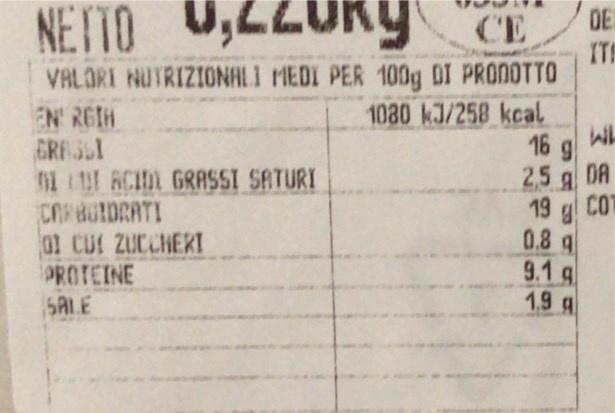
NETTO
DE ITE VALORI NUTRIZIONALI MEDI PER 100g DI PRONOTTO 1080 kJ/258 kcal 16 g DA
CE
!ח'רAvn
EN REIH GRESI L RCIDL GRASSI SATURI CAFBUIDRATI 01 CUE ZUCCHERI PROTEINE SALE
2,5 g 19 g COT 0.8 g 9.1 g 1,9 A